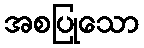
အစပြုသော